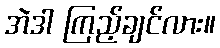
အဲဒါ ကြည့်ချင်လား။